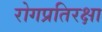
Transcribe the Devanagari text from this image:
रोगप्रतिरक्षा